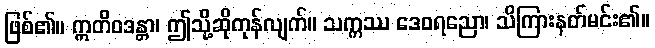
ဖြစ်၏။ ဣတိဝဒန္တာ၊ ဤသို့ဆိုကုန်လျက်။ သက္ကဿ ဒေဝရညော၊ သိကြားနတ်မင်း၏။